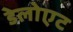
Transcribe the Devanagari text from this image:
डेलोएट